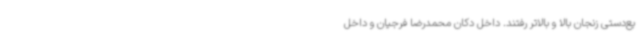
یع‌دستی زنجان بالا و بالاتر رفتند. داخل دکان محمدرضا فرجیان و داخل